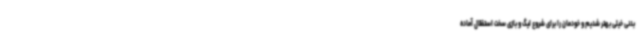
بدنی خیلی بهتر شدیم و خودمان را برای شروع لیگ و بازی سخت استقلال آماده